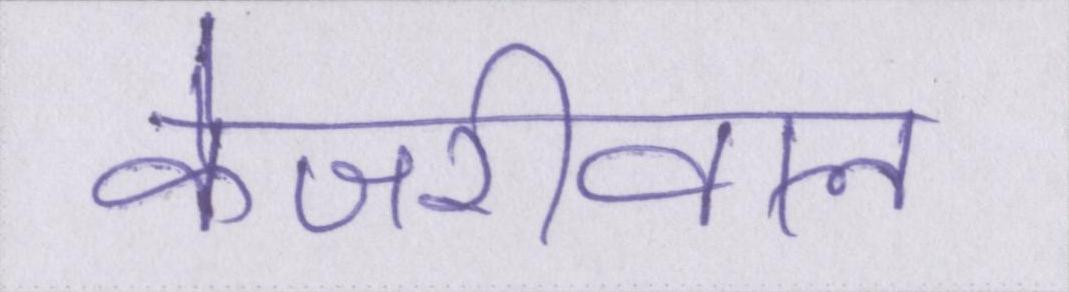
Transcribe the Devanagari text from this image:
केजरीवाल